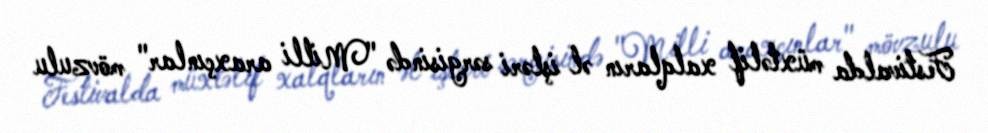
Festivalda müxtəlif xalqların əl işləri sərgisində "Milli araxçınlar" mövzulu